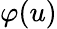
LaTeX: \varphi(u)